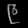
Digit: ၉